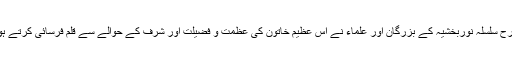
عالم اسلام کے دیگر علما ء ، مورخین ، محققین و محدثین کی طرح سلسلہ نوربخشیہ کے بزرگان اور علماء نے اس عظیم خاتون کی عظمت و فضیلت اور شرف کے حوالے سے قلم فرسائی کرتے ہوئے خاتون جنت سے اپنی عقیدت و محبت کا اظہار فرمایا ہے ۔